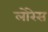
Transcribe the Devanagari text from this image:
लोरेस